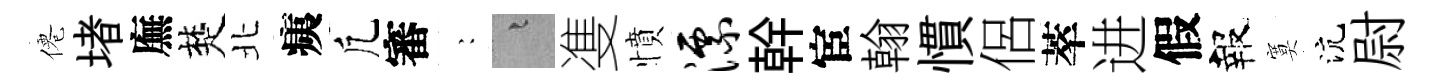
僊堵廡楚北痍凢審巍融㕠憤漂幹宦翰慣侶萃进假報寞沆尉